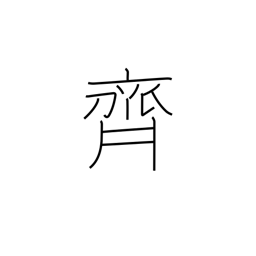
Meaning: Saito